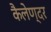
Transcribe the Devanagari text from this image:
कैलेण्दर